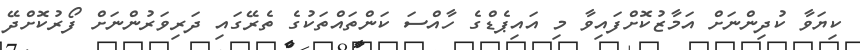
ކިޔަވާ ކުދިންނަށް އަމާޒުކޮށްފައިވާ މި އައިޕެޑްގެ ހާއްސަ ކަންތައްތަކުގެ ތެރޭގައި ދަރިވަރުންނަށް ފޯރުކޮށްދޭ